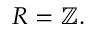
R = \mathbb { Z } .